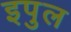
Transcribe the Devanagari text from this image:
इपुल